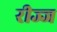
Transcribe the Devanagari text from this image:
रीज्ज